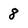
Character: 8